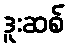
ဒူးဆစ်